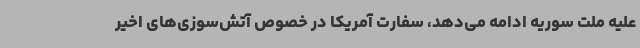
علیه ملت سوریه ادامه می‌دهد، سفارت آمریکا در خصوص آتش‌سوزی‌های اخیر